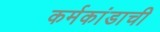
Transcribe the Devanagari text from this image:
कर्मकांडाची